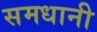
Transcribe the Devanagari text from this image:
समधानी